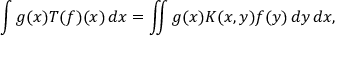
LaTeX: \int g ( x ) T ( f ) ( x ) \, d x = \iint g ( x ) K ( x , y ) f ( y ) \, d y \, d x ,